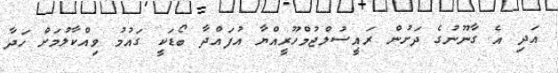
އަދި އެ ގާނޫނުގެ ދަށުން ރައީސުލްޖުމްހޫރީއްޔާ އުފައްދާ ބޯޑަކީ ގައުމު ވިއްކާލުމަށް ހަދާ